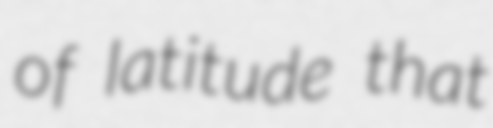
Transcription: of latitude that